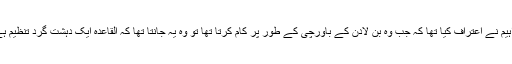
ابراہیم نے اعتراف کیا تھا کہ جب وہ بن لادن کے باورچی کے طور پر کام کرتا تھا تو وہ یہ جانتا تھا کہ القاعدہ ایک دہشت گرد تنظیم ہے ۔